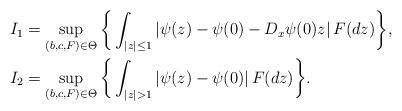
LaTeX: \begin{align*} I_1 & = \sup_{(b,c,F) \in \Theta} \bigg\{\int_{|z|\leq 1} |\psi(z)-\psi(0)-D_x \psi(0) z| \, F(dz)\bigg\}, \\ I_2 & = \sup_{(b,c, F) \in \Theta} \bigg\{\int_{|z|>1} |\psi(z)-\psi(0)| \, F(dz)\bigg\}. \end{align*}